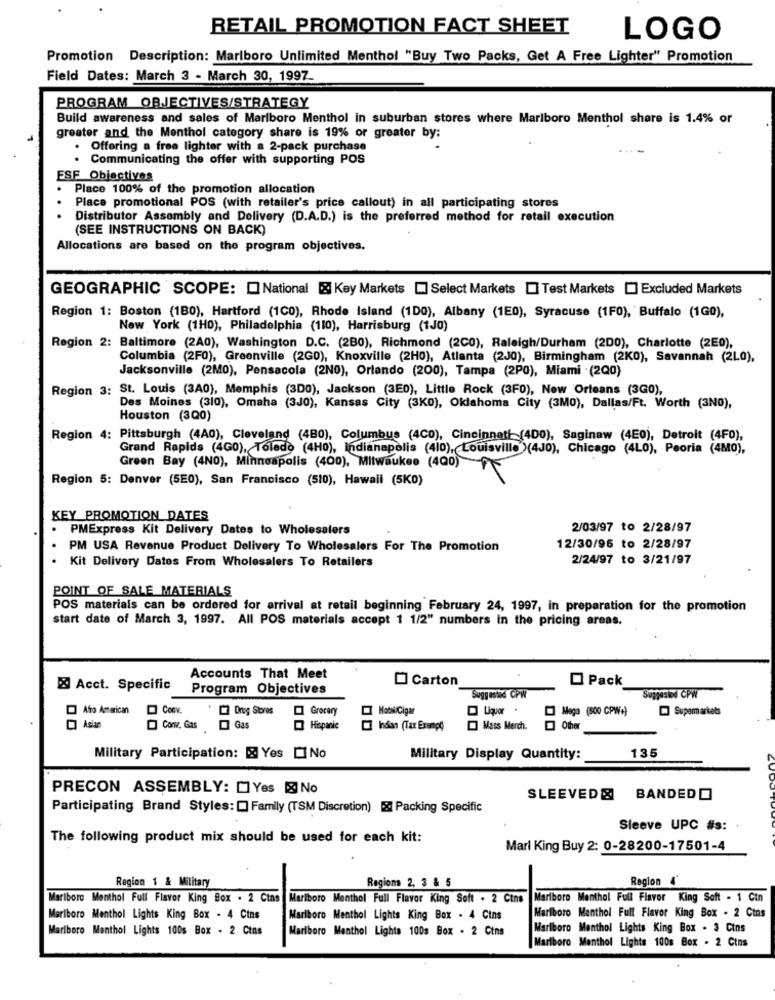
RETAIL PROMOTION FACT SHEET
LOGO
Promotion Description: Marlboro Unlimited Menthol "Buy Two Packs, Get A Free Lighter" Promotion
Field Dates: March 3 - March 30, 1997_
PROGRAM OBJECTIVES/STRATEGY
Build awareness and sales of Marlboro Menthol in suburban stores where Marlboro Menthol share is 1.4% or
greater and the Monthol category share is 19% or greater by:
Offering a free lighter with a 2-pack purchase
Communicating the offer with supporting POS
ESF Objectives
Place 100% of the promotion allocation
Place promotional POS (with retailer's price callout) in all participating stores
Distributor Assembly and Delivery (D.A.D.) is the preferred method for retail execution
(SEE INSTRUCTIONS ON BACK)
Allocations are based on the program objectives.
GEOGRAPHIC SCOPE: National & Key Markets [] Select Markets [] Test Markets [] Excluded Markets
Region 1: Boston (180), Hartford (1C0), Rhode Island (1D0), Albany (1E0), Syracuse (1F0), Buffalo (1GO),
New York (1H0), Philadelphia (110), Harrisburg (1J0)
Region 2: Baltimore (2A0), Washington D.C. (280), Richmond (2C0), Raleigh/Durham (200), Charlotte (2E0),
Columbia (2F0), Greenville (2G0), Knoxville (2H0), Atlanta (2J0), Birmingham (2K0), Savannah (2L0),
Jacksonville (2M0), Pensacola (2NO), Orlando (200), Tampa (2P0), Miami (2Q0)
Region 3: St. Louis (3A0), Memphis (3D0), Jackson (3E0), Little Rock (3F0), New Orleans (3G0),
Des Moines (310), Omaha (3J0), Kansas City (3Ko), Oklahoma City (3M0), Dallas/Ft. Worth (3NO),
Houston (300)
Region 4: Pittsburgh (4A0), Cleveland (480), Columbus (4CD), Cincinnati (400), Saginaw (4E0), Detroit (4F0),
Grand Rapids (4G0), Toledo (4H0), Indianapolis (410), Louisville)(4J0), Chicago (4L0), Peoria (4MO),
Green Bay (4NO), Minneapolis (400), Milwaukee (400)
Region 5: Denver (5E0), San Francisco (510), Hawaii (5KO)
KEY PROMOTION DATES
.
PMExpress Kit Delivery Dates to Wholesalers
2/03/97 to 2/28/97
PM USA Revenue Product Delivery To Wholesalers For The Promotion
12/30/96 to 2/28/97
Kit Delivery Dates From Wholesalers To Retailers
2/24/97 to 3/21/97
POINT OF SALE MATERIALS
POS materials can be ordered for arrival at retail beginning February 24, 1997, in preparation for the promotion
start date of March 3, 1997. All POS materials accept 1 1/2" numbers in the pricing areas.
Accounts That Meet
Carton
Pack
& Acct. Specific
Program Objectives
Suggested CPW
Suppesind CPW
Afro American
Conv.
. Onog Stores
Grocery
Liquor
Maga (500 CPW+)
Supermarkets
O Asian
Conw. Gas
Hispanic
[] han (Tax Exempt
Mass Merch.
Military Participation: & Yes No
Military Display Quantity:
135
PRECON ASSEMBLY: []Yes & No
SLEEVED & BANDED
Participating Brand Styles: [ Family (TSM Discretion) & Packing Specific
Sleeve UPC #s:
The following product mix should be used for each kit:
Marl King Buy 2: 0-28200-17501-4
Region 1 & Military
Regions 2, 3 & 5
Region 4
Marlboro Menthol Full Flavor King Box . 2 Cins Marlboro Menthol Full Flavor King Soft . 2 Cins
Marlboro Menthol Full Flavor King Soft - 1 Ctn
Marlboro Menthol Lights King Box - 4 Cins
Marlboro Menthol Lights King Box . 4 Cins
Marlboro Menthol Full Flavor King Box - 2 Cins
Marlboro Menthol Lights 100s Box - 2 Cins
Marlboro Menthol Lights 100s Box . 2 Ctns
Marlboro Menthol Lights King Box . 3 Cins
Marlboro Menthol Lights 100s Box . 2 Cins